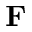
\mathbf F